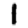
Digit: 1